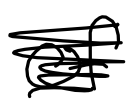
Text: summer
Cross-out: scratch
Writing tool: digital_black